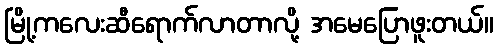
မြို့ကလေးဆီရောက်လာတာလို့ အမေပြောဖူးတယ်။